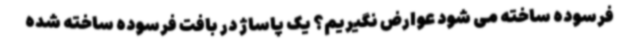
فرسوده ساخته می شود عوارض نگیریم؟ یک پاساژ در بافت فرسوده ساخته شده